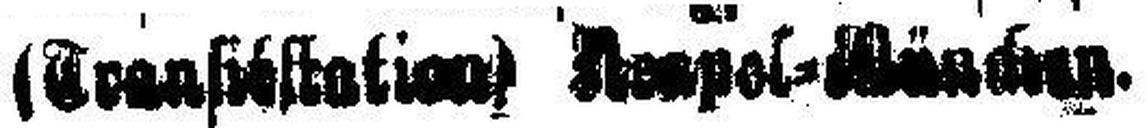
(Transitstation) ###pol=München.